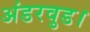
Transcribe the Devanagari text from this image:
अंडरवुड।